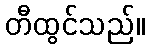
တီထွင်သည်။